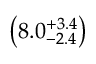
\left( 8 . 0 _ { - 2 . 4 } ^ { + 3 . 4 } \right)